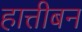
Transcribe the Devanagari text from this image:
हात्तीबन